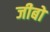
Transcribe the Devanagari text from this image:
जीबो